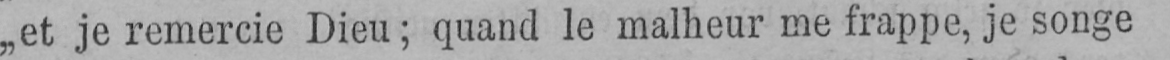
„et je remercie Dieu; quand le malheur me frappe, je songe